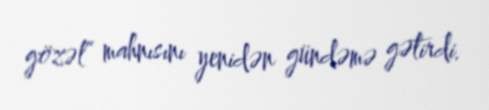
gözəl” mahnısını yenidən gündəmə gətirdi.